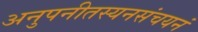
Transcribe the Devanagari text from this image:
अनुपनीतस्यनसंचयनं